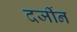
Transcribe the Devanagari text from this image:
दर्जीन